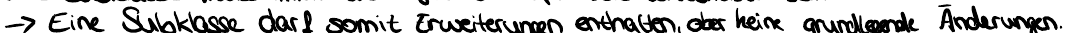
-> Eine Subklasse darf somit Erweiterungen enthalten, aber keine grundlegende Änderungen.